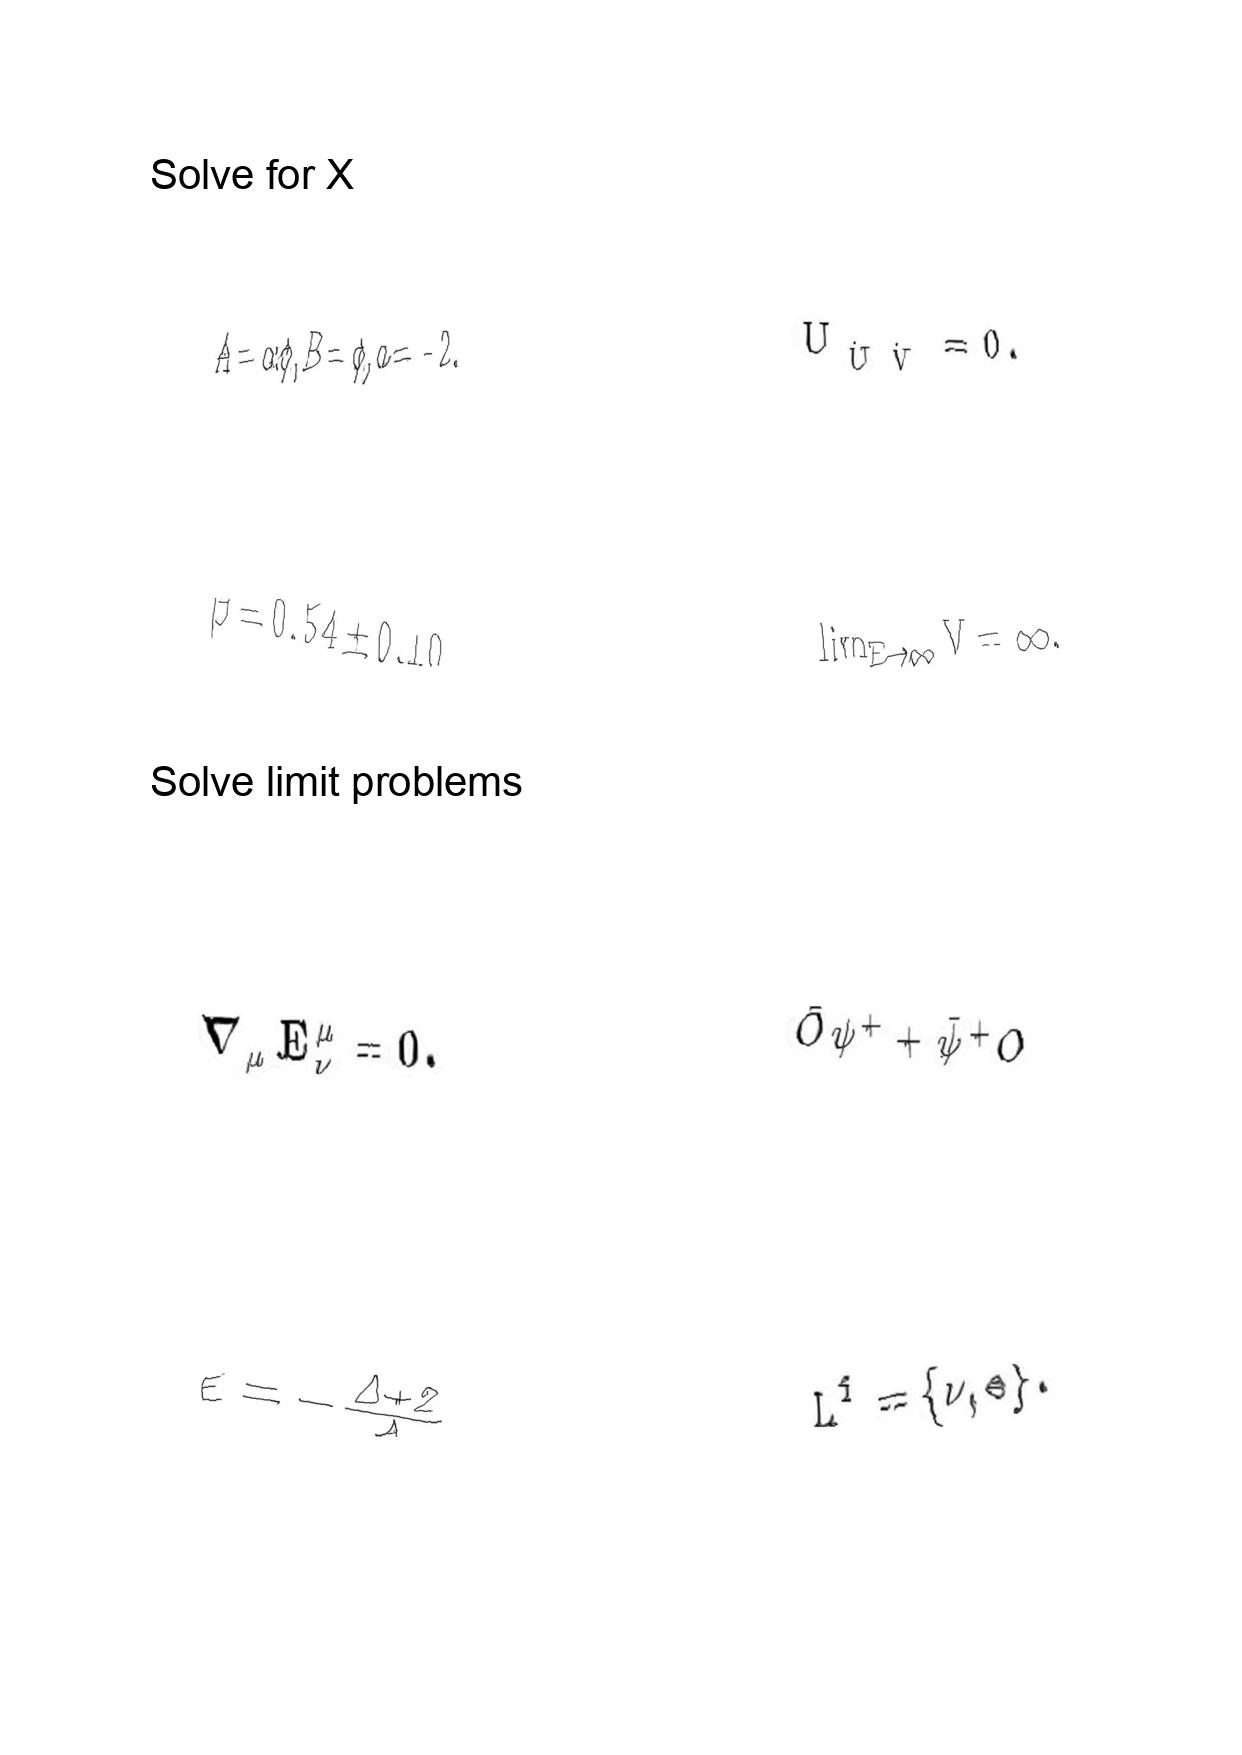
LaTeX transcription:
A = \alpha \phi , B = \phi , a = - 2 .
\beta = 0 . 5 4 \pm 0 . 1 0 ,
\nabla _ { \mu } E _ { \nu } ^ { \mu } = 0 .
\epsilon = - \frac { \Delta + 2 } { \Delta }
U _ { \hat { U } \hat { V } } = 0 .
\lim _ { E \to \infty } V = \infty .
\bar { O } \psi ^ { + } + \bar { \psi } ^ { + } O
L ^ { f } = \lbrace \nu , e \rbrace .